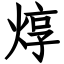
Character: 焞